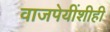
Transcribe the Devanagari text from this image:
वाजपेयींशीही